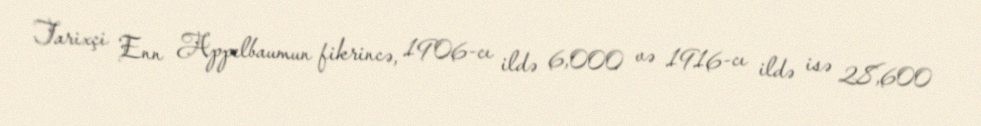
Tarixçi Enn Appelbaumun fikrincə, 1906-cı ildə 6,000 və 1916-cı ildə isə 28,600